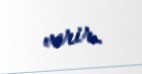
verir.